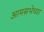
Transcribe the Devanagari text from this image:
आमसभेच्या